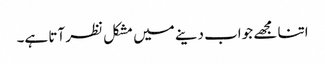
اتنا مجھے جواب دینے میں مشکل نظر آتا ہے۔